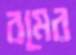
রমের